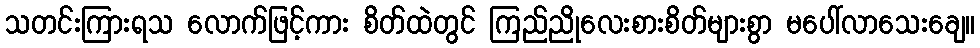
သတင်းကြားရသ လောက်ဖြင့်ကား စိတ်ထဲတွင် ကြည်ညိုလေးစားစိတ်များစွာ မပေါ်လာသေးချေ။